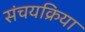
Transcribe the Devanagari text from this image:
संचयक्रिया